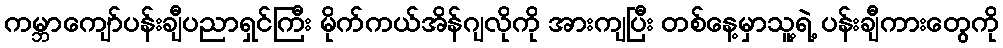
ကမ္ဘာကျော်ပန်းချီပညာရှင်ကြီး မိုက်ကယ်အိန်ဂျလိုကို အားကျပြီး တစ်နေ့မှာသူ့ရဲ့ ပန်းချီကားတွေကို